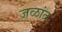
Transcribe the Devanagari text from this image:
जळांत